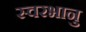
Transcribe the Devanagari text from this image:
स्वरभानु